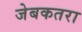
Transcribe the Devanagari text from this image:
जेबकतरा